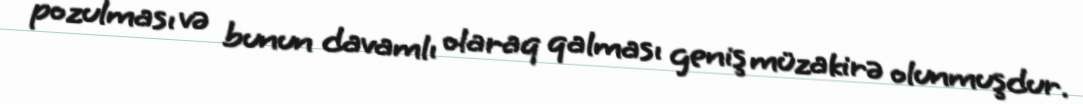
pozulması və bunun davamlı olaraq qalması geniş müzakirə olunmuşdur.